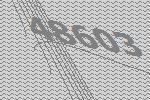
48603